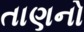
તાણનો